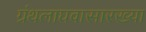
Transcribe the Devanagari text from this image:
ग्रंथलाघवासारख्या